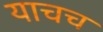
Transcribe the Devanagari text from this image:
याचच